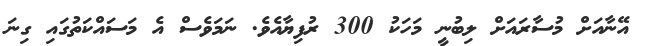
އޭނާއަށް މުސާރައަށް ލިބުނީ މަހަކު 300 ރުފިޔާއެވެ. ނަމަވެސް އެ މަސައްކަތުގައި ގިނަ